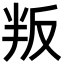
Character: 叛